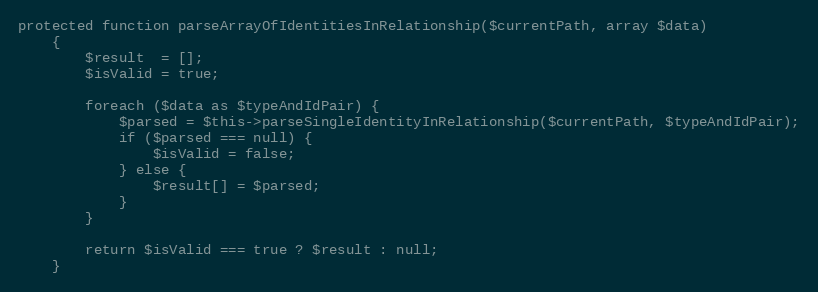
Language: PHP
protected function parseArrayOfIdentitiesInRelationship($currentPath, array $data)
    {
        $result  = [];
        $isValid = true;

        foreach ($data as $typeAndIdPair) {
            $parsed = $this->parseSingleIdentityInRelationship($currentPath, $typeAndIdPair);
            if ($parsed === null) {
                $isValid = false;
            } else {
                $result[] = $parsed;
            }
        }

        return $isValid === true ? $result : null;
    }